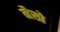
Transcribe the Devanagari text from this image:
मैसो